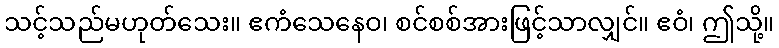
သင့်သည်မဟုတ်သေး။ ဧကံသေနေဝ၊ စင်စစ်အားဖြင့်သာလျှင်။ ဧဝံ၊ ဤသို့။